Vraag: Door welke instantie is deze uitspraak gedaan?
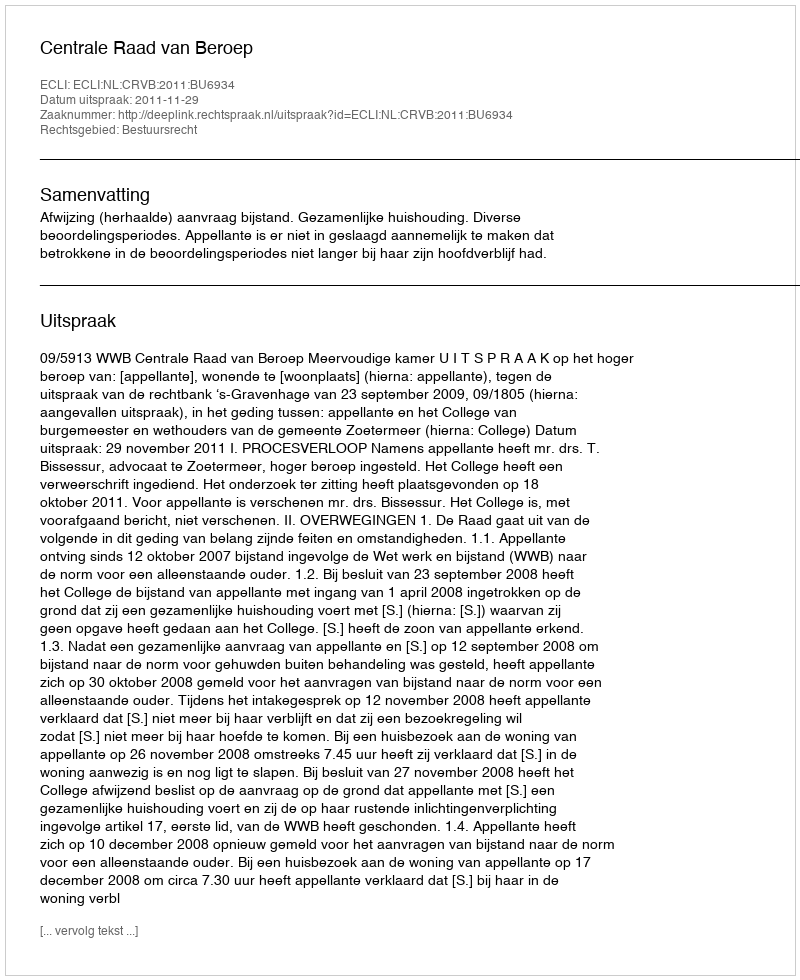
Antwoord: Centrale Raad van Beroep